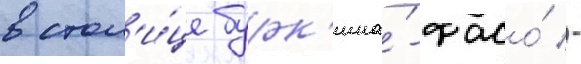
в стол'и́це бурк'ина́-фасо́ -